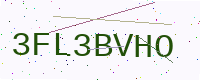
Text: 3FL3BVHO